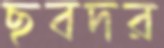
ছবদর